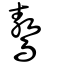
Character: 鷔